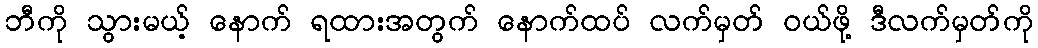
ဘီကို သွားမယ့် နောက် ရထားအတွက် နောက်ထပ် လက်မှတ် ဝယ်ဖို့ ဒီလက်မှတ်ကို